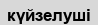
күйзелуші